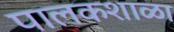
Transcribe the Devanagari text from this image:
पालकशाळा